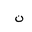
Letter: _non